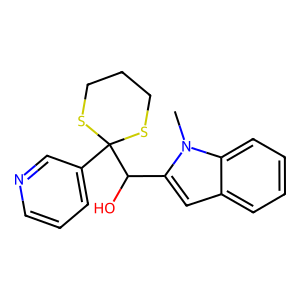
SMILES: Cn1c(C(O)C2(c3cccnc3)SCCCS2)cc2ccccc21
Inhibits HIV replication: No